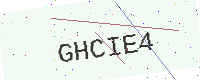
Text: GHCIE4